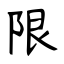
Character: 限